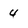
Character: 4